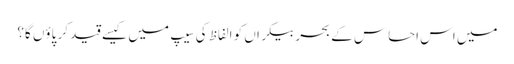
میں اس احساس کے بحرِ بیکراں کو الفاظ کی سِیپ میں کیسے قید کر پاؤں گا؟